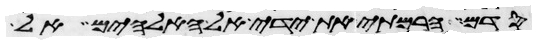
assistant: סדם הרמתי את ידי אל האלהים אל